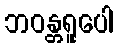
ဘဝန္တရူပေါ